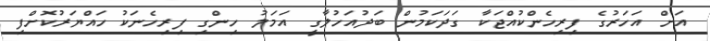
އަށް އަހަރުގެ ފިރިހެންކުއްޖަކާ ގަދަކަމުން ބަދުއަހުލާގީ އަމަލު ހިންގި ފިރިހެނަކު ހައްޔަރުކޮށްފި